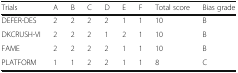
<table><thead><tr><td><b>Trials</b></td><td><b>A</b></td><td><b>B</b></td><td><b>C</b></td><td><b>D</b></td><td><b>E</b></td><td><b>F</b></td><td><b>Total score</b></td><td><b>Bias grade</b></td></tr></thead><tbody><tr><td>DEFER-DES</td><td>2</td><td>2</td><td>2</td><td>2</td><td>1</td><td>1</td><td>10</td><td>B</td></tr><tr><td>DKCRUSH-VI</td><td>2</td><td>2</td><td>2</td><td>1</td><td>2</td><td>1</td><td>10</td><td>B</td></tr><tr><td>FAME</td><td>2</td><td>2</td><td>2</td><td>2</td><td>1</td><td>1</td><td>10</td><td>B</td></tr><tr><td>PLATFORM</td><td>1</td><td>1</td><td>2</td><td>2</td><td>1</td><td>1</td><td>8</td><td>C</td></tr></tbody></table>